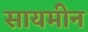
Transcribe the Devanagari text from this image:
सायमीन